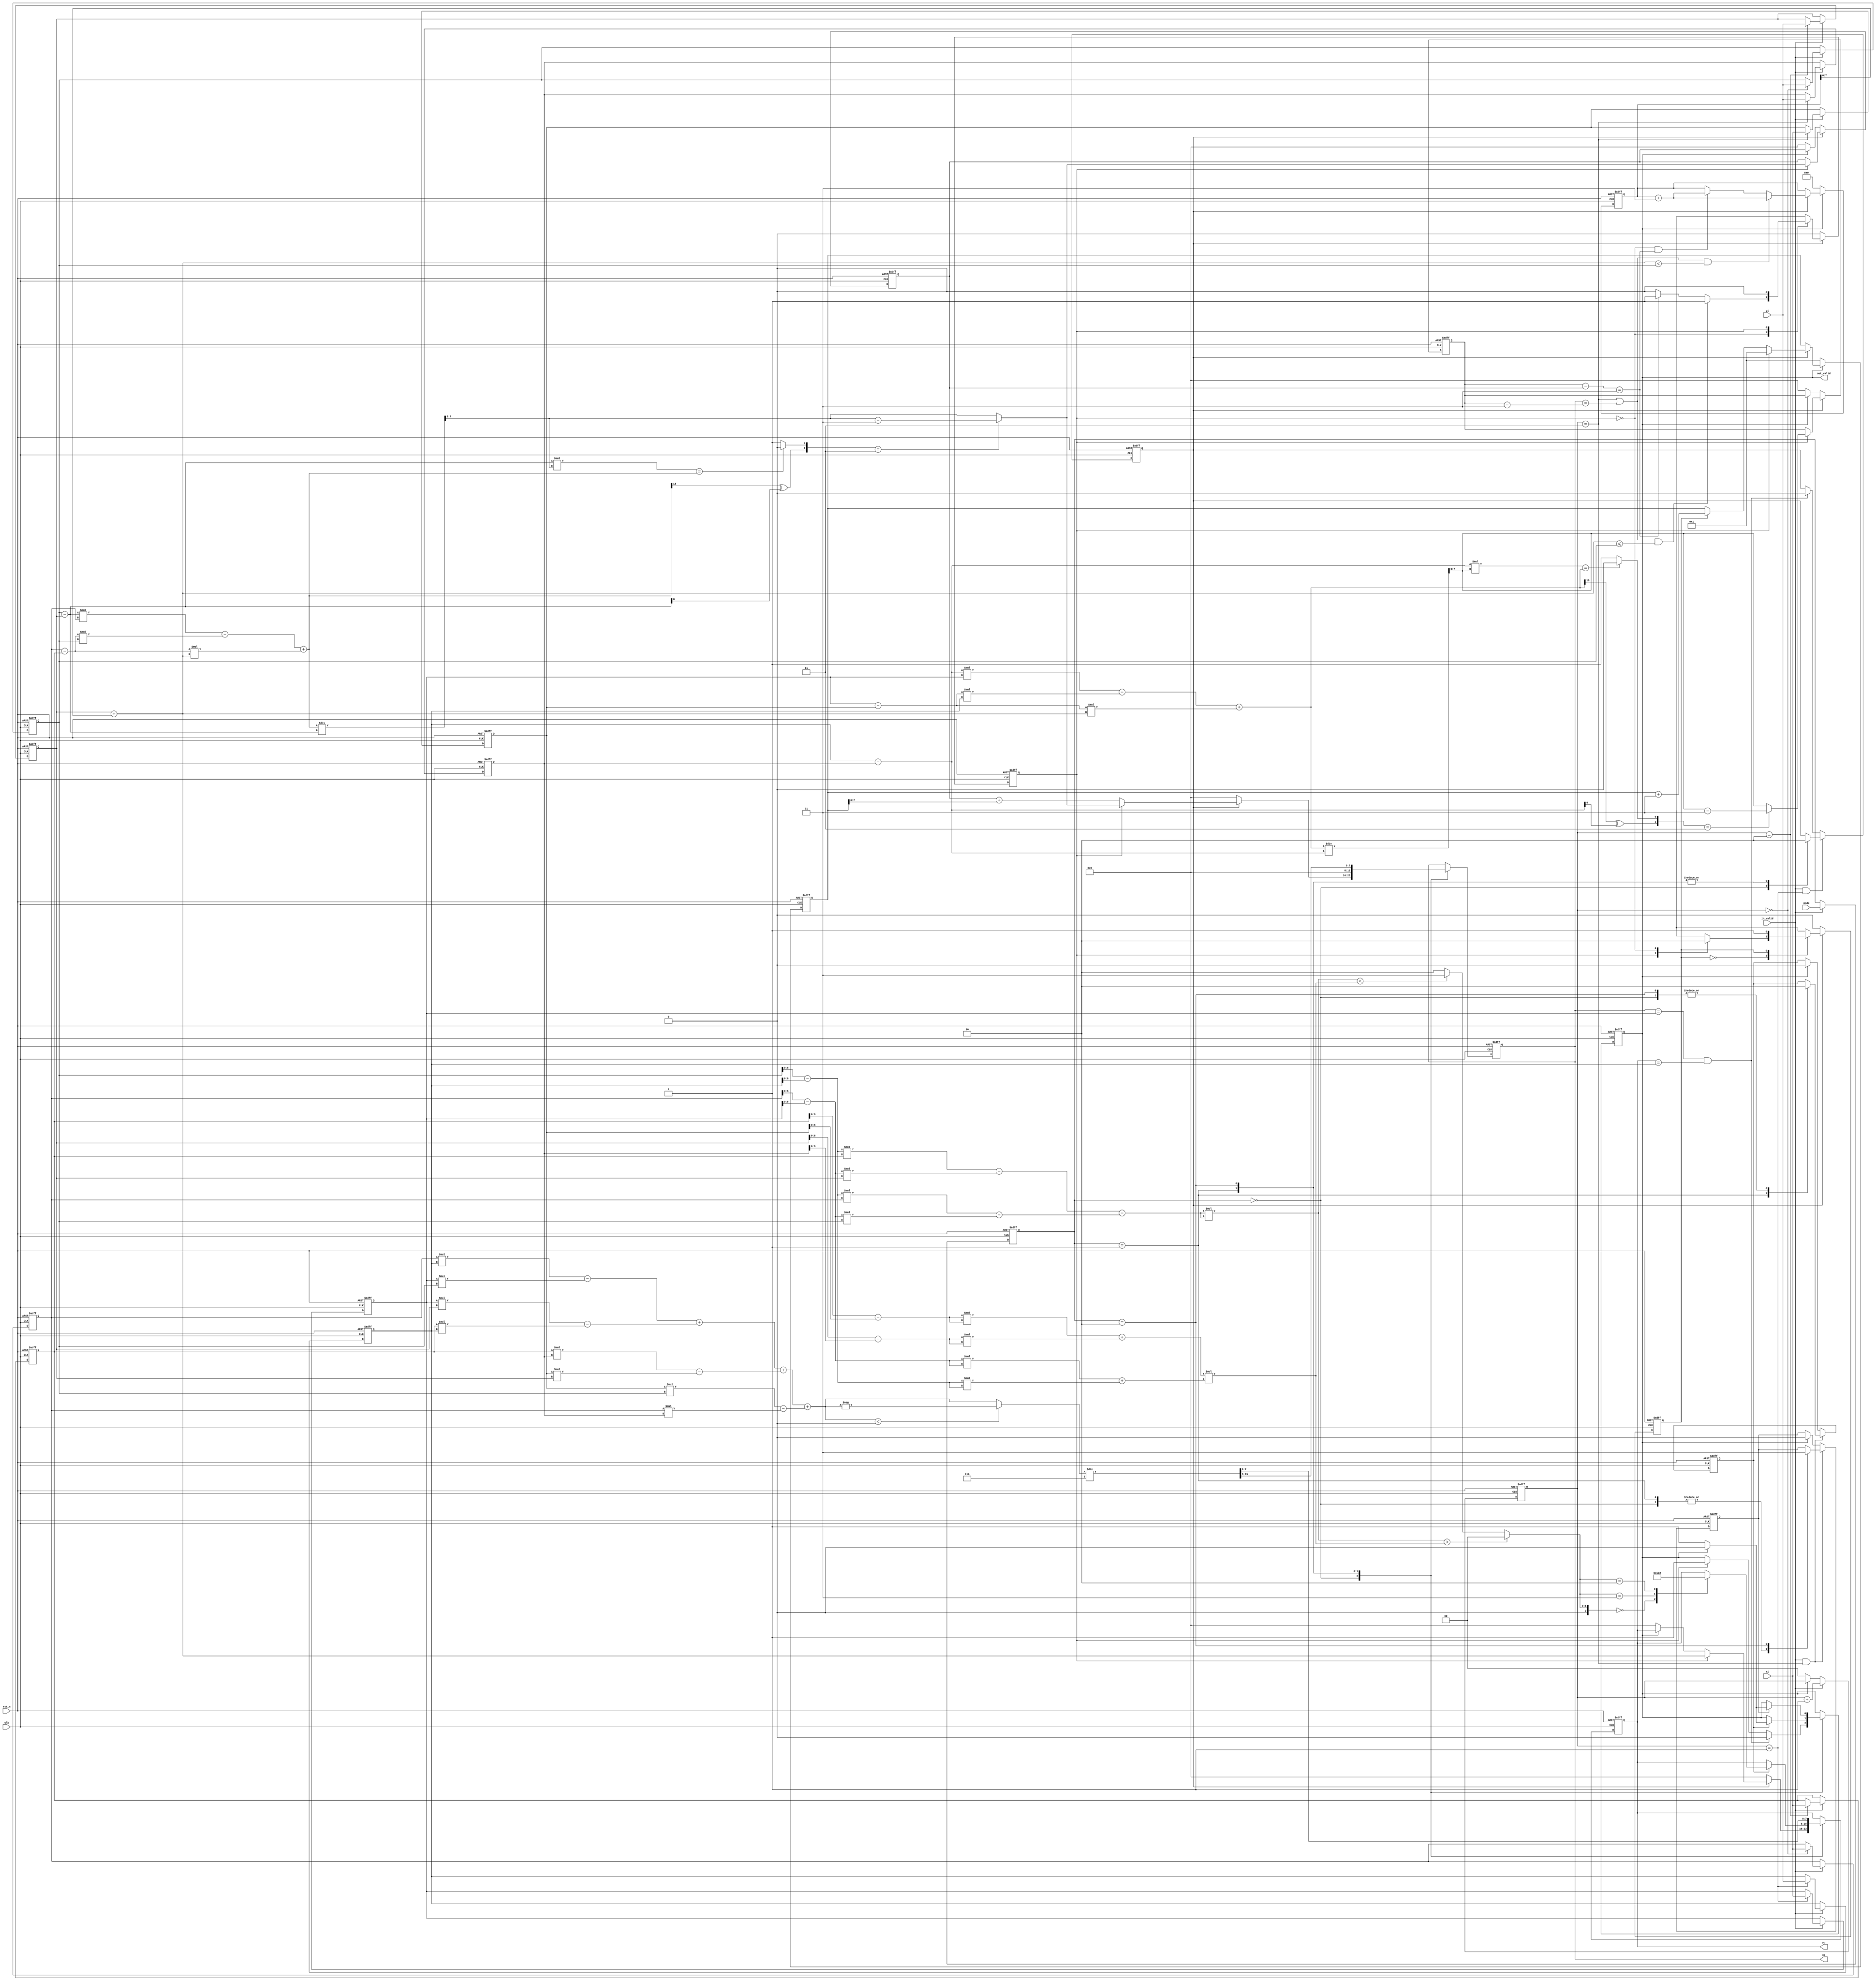
module CC(
    //Input Port
    clk,
    rst_n,
	in_valid,
	mode,
    xi,
    yi,

    //Output Port
    out_valid,
	xo,
	yo
    );

input               clk, rst_n, in_valid;
input       [1:0]   mode;
input       [7:0]   xi, yi;  

output reg          out_valid;
output reg signed [7:0]   xo, yo;

//==============================================//
//             Parameter and Integer 0          //
//==============================================//

parameter IDLE_op_0 = 3'd0;
parameter OUT_op_0 = 3'd1;

parameter IDLE_cal_0 = 3'd0;
parameter FIND_cal_0 = 3'd1;

//==============================================//
//            FSM State Declaration 0           //
//==============================================//

reg cs_cal_0, cs_op_0, ns_cal_0, ns_op_0;

//==============================================//
//                 reg declaration 0            //
//==============================================//

reg signed [7:0] input_x[0:3], input_y[0:3];
reg [1:0] input_cnt;
reg [1:0] input_mode;
reg mode0_valid, mode1_valid, mode2_valid;
reg signed [7:0] y; 
reg signed [9:0] x_cnt, y_cnt;
reg signed [7:0] left, right;
reg signed [7:0] left_op, right_op;
reg signed [7:0] left_temp, right_temp;
reg signed [8:0] left_delta_x, right_delta_x, left_delta_y, right_delta_y;

reg signed [6:0] left_delta_x_1, right_delta_x_1, left_delta_y_1, right_delta_y_1; /* 8 */

reg signed [17:0] left_const, right_const; /*17*/

reg signed [11:0] left_const_1; /*17*/

reg signed [18:0] left_up, right_up;
reg left_p_n, right_p_n;
reg left_is_round, right_is_round;

//==============================================//
//             Current State Block 0            //
//==============================================//

always @(posedge clk or negedge rst_n) begin
    if(!rst_n) begin
        cs_cal_0 <= IDLE_cal_0;
        cs_op_0 <= IDLE_op_0;
    end
    else begin
        cs_cal_0 <= ns_cal_0;
        cs_op_0 <= ns_op_0;
    end
end


//==============================================//
//              Next State Block 0              //
//==============================================//

always @(*) begin: Next_State_Cal
    if(mode0_valid)  begin
        case(cs_cal_0)
            IDLE_cal_0: begin
                if((input_cnt == 3 || xo == right_op-1) && y <= input_y[0]) 
                    ns_cal_0 = FIND_cal_0;
                else if(/* cs_cal_0 == IDLE_cal_0 && */((right_op - left_op) == 1)) 
                    ns_cal_0 = FIND_cal_0;
                else begin
                    ns_cal_0 = IDLE_cal_0;
                end
            end
            FIND_cal_0: 
                ns_cal_0 = IDLE_cal_0;
        endcase
    end
    else
        ns_cal_0 = IDLE_cal_0;
end

always @(*) begin: Next_State_Op
    if(mode0_valid) begin
        case(cs_op_0)
            IDLE_op_0: begin
                case(cs_cal_0)
                    FIND_cal_0: ns_op_0 = OUT_op_0;
                    IDLE_cal_0: ns_op_0 = IDLE_cal_0;
                endcase       
            end
            OUT_op_0: 
                ns_op_0 = OUT_op_0;
        endcase
    end
    else
        ns_op_0 = IDLE_op_0;
end


//==============================================//
//              Calculation Block0              //
//==============================================//


always @(posedge clk or negedge rst_n) begin: Output_Coordinate
    if(!rst_n) begin
        left_op <= 0;
        right_op <= 0;
    end
    else if(mode0_valid) begin
        case(cs_cal_0)
            FIND_cal_0: begin
                left_op <= left;
                right_op <= right;
            end
        endcase
    end
    else if(!out_valid) begin
        left_op <= 0;
        right_op <= 0;
    end
end

always @(posedge clk or negedge rst_n) begin: X_Cnt
    if(!rst_n) 
        x_cnt <= 1;
    else if(!out_valid) /* rst */
        x_cnt <= 1;
    else if(mode0_valid) begin
        if(cs_cal_0 == FIND_cal_0)
            x_cnt <= 1;
        else if(cs_op_0 == OUT_op_0)
            x_cnt <= x_cnt +1;
    end
        
end

always @(*) begin: Y
    y = input_y[2] + y_cnt; 
end

always @(posedge clk or negedge rst_n) begin: Y_CNT
    if(!rst_n)
        y_cnt <= 0;
    else if(!out_valid) /* rst */
        y_cnt <= 0;
    else if(mode0_valid) begin
        if((input_cnt == 3  || xo == right_op-1) && y < input_y[0])
            y_cnt <= y_cnt + 1;
        else if(cs_cal_0 == IDLE_cal_0 && ((right_op - left_op) == 1))
            y_cnt <= y_cnt + 1;
    end
    
end

always @(*) begin: Calculate_Boundary 

    left_up = (left_const + left_delta_x * y);
    right_up = (right_const + right_delta_x * y);

    /* 1 is neg 0 is pos*/
    left_p_n = (left_up[18] ^ left_delta_y[8]); 
    right_p_n = (right_up[18] ^ right_delta_y[8]); 

    left_temp = left_up / left_delta_y;
    right_temp = right_up / right_delta_y;


    left_is_round = (left_delta_y * left_temp == left_up) ? 0 : 1;
    right_is_round = (right_delta_y * right_temp == right_up) ? 0 : 1;

    case({left_p_n, left_is_round})
        2'b11: left = left_temp - 1;
        default: left = left_temp;
    endcase

    case({right_p_n, right_is_round})
        2'b11: right = right_temp - 1;
        default: right = right_temp;
    endcase

end


always @(*) begin /* mode0 */
    left_delta_x = input_x[0] - input_x[2];
    left_delta_y = input_y[0] - input_y[2];
    right_delta_x = input_x[1] - input_x[3];
    right_delta_y = input_y[1] - input_y[3];

    left_const = left_delta_y * input_x[0] - left_delta_x * input_y[0];
    right_const = right_delta_y * input_x[1] - right_delta_x * input_y[1];
end

always @(*) begin /* mode1 */
    left_delta_x_1 = input_x[0] - input_x[1];
    left_delta_y_1 = input_y[0] - input_y[1];
    right_delta_x_1 = input_x[2] - input_x[3];
    right_delta_y_1 = input_y[2] - input_y[3];

    left_const_1 = left_delta_y_1 * input_x[0] - left_delta_x_1 * input_y[0];
end

//==============================================//
//              Calculation Block 1             //
//==============================================//

reg signed [24:0] line, radius; /* at least 24:0 */
reg signed [12:0] line_up;
reg [2:0] relation;


always @(*) begin
    line_up = (left_delta_y_1 * input_x[2] - left_delta_x_1 * input_y[2] - left_const_1);
    line = line_up * line_up;
    radius = ((right_delta_x_1 * right_delta_x_1) + (right_delta_y_1 * right_delta_y_1)) * ((left_delta_x_1 * left_delta_x_1) + (left_delta_y_1 * left_delta_y_1));
    
    if(line > radius)
        relation = 0;
    else if(line < radius)
        relation = 1;
    else
        relation = 2;
end


//==============================================//
//              Calculation Block 2             //
//==============================================//

reg [15:0] area;
reg signed [15:0] delta_0, delta_1, delta_2, delta_3, delta_4, delta_5, delta_6, delta_7;
reg signed [16:0] temp_temp, temp;

always @(*) begin /* not change */
    delta_0 = (input_x[0] * input_y[1]);
    delta_1 = (input_x[1] * input_y[0]);
    delta_2 = (input_x[1] * input_y[2]);
    delta_3 = (input_x[2] * input_y[1]);

    delta_4 = (input_x[2] * input_y[3]);
    delta_5 = (input_x[3] * input_y[2]);
    delta_6 = (input_x[3] * input_y[0]);
    delta_7 = (input_x[0] * input_y[3]);

    temp = (delta_0 - delta_1) + (delta_2 - delta_3) + (delta_4 - delta_5) + (delta_6 - delta_7);

    if(temp < 0)
        temp_temp = -temp;
    else
         temp_temp = temp;

    area = (temp_temp) / 2;

end

//==============================================//
//                Output Block                  //
//==============================================//

always @(posedge clk or negedge rst_n) begin
    if(!rst_n)
        xo <= 0;
    else begin
        case(input_mode)
            2'd0: begin
                if(!mode0_valid)
                    xo <= 0;
                else if(cs_cal_0 == FIND_cal_0)
                    xo <= left;
                else
                    xo <= left_op + x_cnt;
            end
            2'd1: 
                xo <= 0;
            2'd2: 
                xo <= area[15:8];
        endcase
    end
end

always @(posedge clk or negedge rst_n) begin
    if(!rst_n)
        yo <= 0;
    else begin
        case(input_mode)
            2'd0: begin
                if(!mode0_valid)
                    yo <= 0;
                else if(cs_cal_0 == FIND_cal_0)
                    yo <= y;
                else if(!out_valid) /* rst */
                    yo <= 0;
            end
            2'd1: begin
                if(mode1_valid) begin
                    case(relation)
                        2'd0: yo <= 0;
                        2'd1: yo <= 1;
                        2'd2: yo <= 2;
                    endcase
                end
            end
            2'd2: 
                yo <= area[7:0];
        endcase
    end
end

always @(posedge clk or negedge rst_n) begin: Out_Valid
    if(!rst_n) 
        out_valid <= 0;
    else begin
        case(input_mode)
            2'd0: begin
                if(xo == input_x[1] && yo == input_y[1])
                    out_valid <= 0;
                else if(cs_cal_0 == FIND_cal_0)
                    out_valid <= 1;
            end
            2'd1: begin
                if(mode1_valid) begin
                    if(!out_valid)
                        out_valid <= 1;
                    else
                        out_valid <= 0;
                end
            end
            2'd2: begin
                if(mode2_valid) begin
                    if(!out_valid)
                        out_valid <= 1;
                    else
                        out_valid <= 0;
                end
            end
            default: begin
            end
        endcase
    end


    
end

//==============================================//
//                  Input Block                 //
//==============================================//

always @(posedge clk or negedge rst_n) begin
    if(!rst_n) 
        input_cnt <= 0;
    else if(in_valid) 
        input_cnt <= input_cnt + 1;
    else if(!out_valid) /* rst */
        input_cnt <= 0;
end

always @(posedge clk or negedge rst_n) begin
    if(!rst_n) begin
        input_x[0] <= 0;
        input_y[0] <= 0;
        input_x[1] <= 0;
        input_y[1] <= 0;
        input_x[2] <= 0;
        input_y[2] <= 0;
        input_x[3] <= 0;
        input_y[3] <= 0;
    end
    else if(in_valid) begin
        input_x[input_cnt] <= xi;
        input_y[input_cnt] <= yi;
    end

end

always @(posedge clk or negedge rst_n) begin
    if(!rst_n) 
        input_mode <= 0;
    else if(in_valid) 
        input_mode <= mode;
end

//==============================================//
//                  Select Mode                 //
//==============================================//

always @(posedge clk or negedge rst_n) begin
    if(!rst_n)
        mode0_valid <= 0;
    else if(in_valid && input_cnt == 1) begin
        case(input_mode)
            2'd0: mode0_valid <= 1;
            2'd1: mode0_valid <= 0;
            2'd2: mode0_valid <= 0;
        endcase
    end
    else if(xo == input_x[1] && yo == input_y[1])
        mode0_valid <= 0;
end
        
always @(posedge clk or negedge rst_n) begin
    if(!rst_n)
        mode1_valid <= 0;
    else if(in_valid && input_cnt == 3) begin
        case(input_mode)
            2'd0: mode1_valid <= 0;
            2'd1: mode1_valid <= 1;
            2'd2: mode1_valid <= 0;
        endcase
    end
    else if(out_valid)
        mode1_valid <= 0;
end

always @(posedge clk or negedge rst_n) begin
    if(!rst_n)
        mode2_valid <= 0;
    else if(in_valid && input_cnt == 3) begin
        case(input_mode)
            2'd0: mode2_valid <= 0;
            2'd1: mode2_valid <= 0;
            2'd2: mode2_valid <= 1;
        endcase
    end
    else if(out_valid)
        mode2_valid <= 0;
end

endmodule